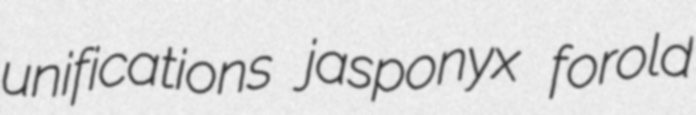
unifications jasponyx forold